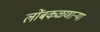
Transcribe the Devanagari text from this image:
लोंबकळणार्‍या